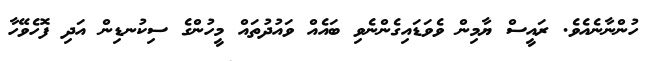
ހުންނާނެއެވެ. ރައީސް ޔާމިން ވެވަޑައިގެންނެވި ބައެއް ވައުދުތައް މީހުންގެ ސިކުނޑިން އަދި ފޮހެވޭހާ